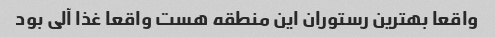
واقعا بهترین رستوران این منطقه هست واقعا غذا آلی بود